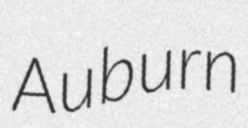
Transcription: Auburn